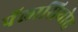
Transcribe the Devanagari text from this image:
पॅलासियोस